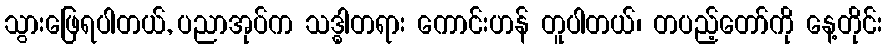
သွားဖြေရပါတယ်, ပညာအုပ်က သဒ္ဓါတရား ကောင်းဟန် တူပါတယ်၊ တပည့်တော်ကို နေ့တိုင်း